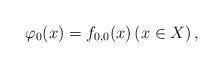
LaTeX: \begin{align*} \varphi_{0}(x)=f_{0, 0}(x) \left(x\in X\right), \end{align*}